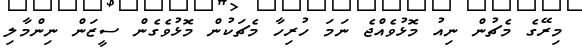
މިރޭގެ މެޗުން ނިއު މޮޅުވެއްޖެ ނަމަ ހުރިހާ މެޗަކުން މޮޅުވެގެން ސީޒަން ނިންމާލި